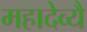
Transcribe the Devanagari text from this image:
महादेव्यै